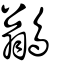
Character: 鶲